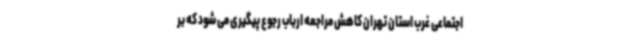
اجتماعی غرب استان تهران کاهش مراجعه ارباب رجوع پیگیری می شود که بر